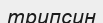
трипсин